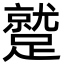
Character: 蹵